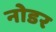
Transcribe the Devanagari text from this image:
नोडर